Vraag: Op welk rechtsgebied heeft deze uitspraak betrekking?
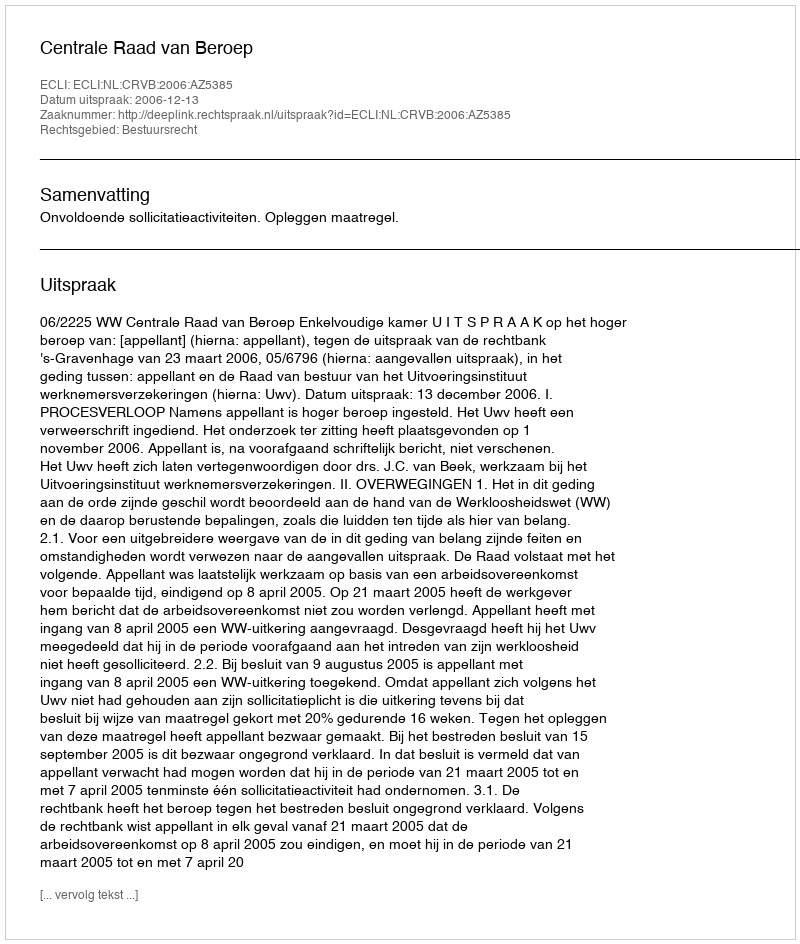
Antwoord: Bestuursrecht